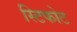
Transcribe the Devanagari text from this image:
स्टिफोट